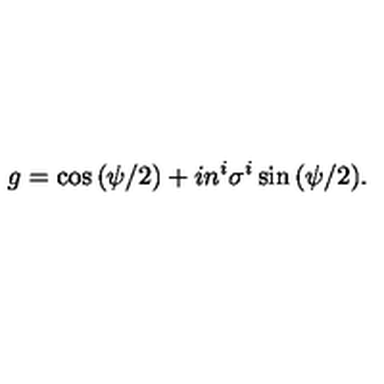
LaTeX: g = \cos { ( \psi / 2 ) } + i n ^ { i } \sigma ^ { i } \sin { ( \psi / 2 } ) .